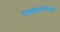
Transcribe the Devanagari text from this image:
वाचकवर्गाकरीता